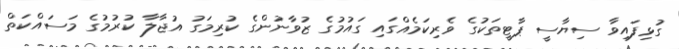
ގުޅިފައިވާ ސިޔާސީ ޕާޓީތަކުގެ ވެރިކަމެއްގައި ގައުމުގެ ޒުވާނުންގެ ކުރިމަގު އުޖާލާ ކުރުމުގެ މަސައްކަތް